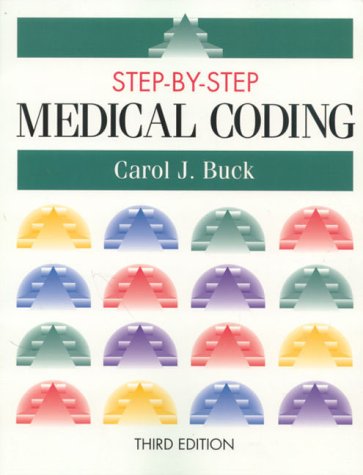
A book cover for Step-By-Step Medical Coding; Carol J. Buck; Medical Books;